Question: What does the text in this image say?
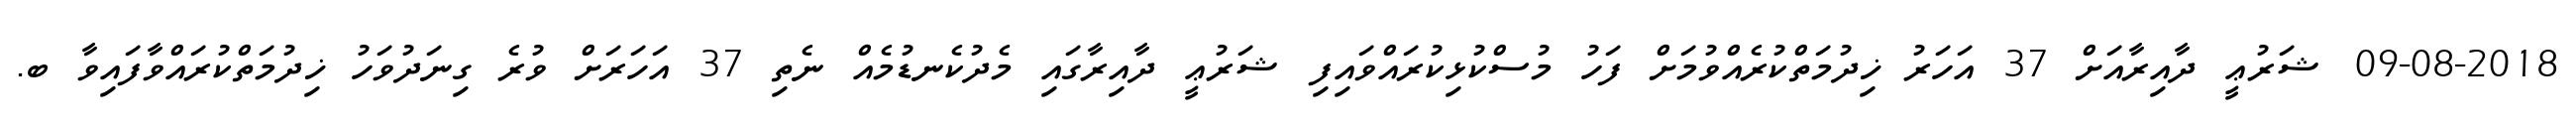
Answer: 09-08-2018 ޝަރުޢީ ދާއިރާއަށް 37 އަހަރު ޚިދުމަތްކުރެއްވުމަށް ފަހު މުސްކުޅިކުރައްވައިފި ޝަރުޢީ ދާއިރާގައި މެދުކެނޑުމެއް ނެތި 37 އަހަރަށް ވުރެ ގިނަދުވަހު ޚިދުމަތްކުރައްވާފައިވާ ބ.